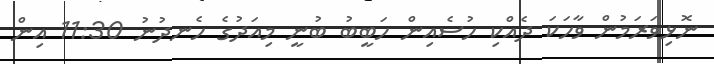
ނޮޅިވަރަމުން ވާހަކަ ދެއްކި ހުސެއިން ހަބީބު ބުނީ މިއަދުގެ ހެނދުނު 11:30 އިން